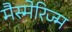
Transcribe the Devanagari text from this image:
मैस्मेरिज्म